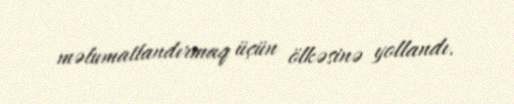
məlumatlandırmaq üçün ölkəsinə yollandı.